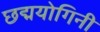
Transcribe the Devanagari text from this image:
छद्मयोगिनी